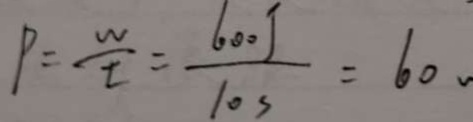
P = \frac { W } { t } = \frac { 6 0 0 J } { 1 0 s } = 6 0